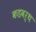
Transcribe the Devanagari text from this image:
कडवर्थ